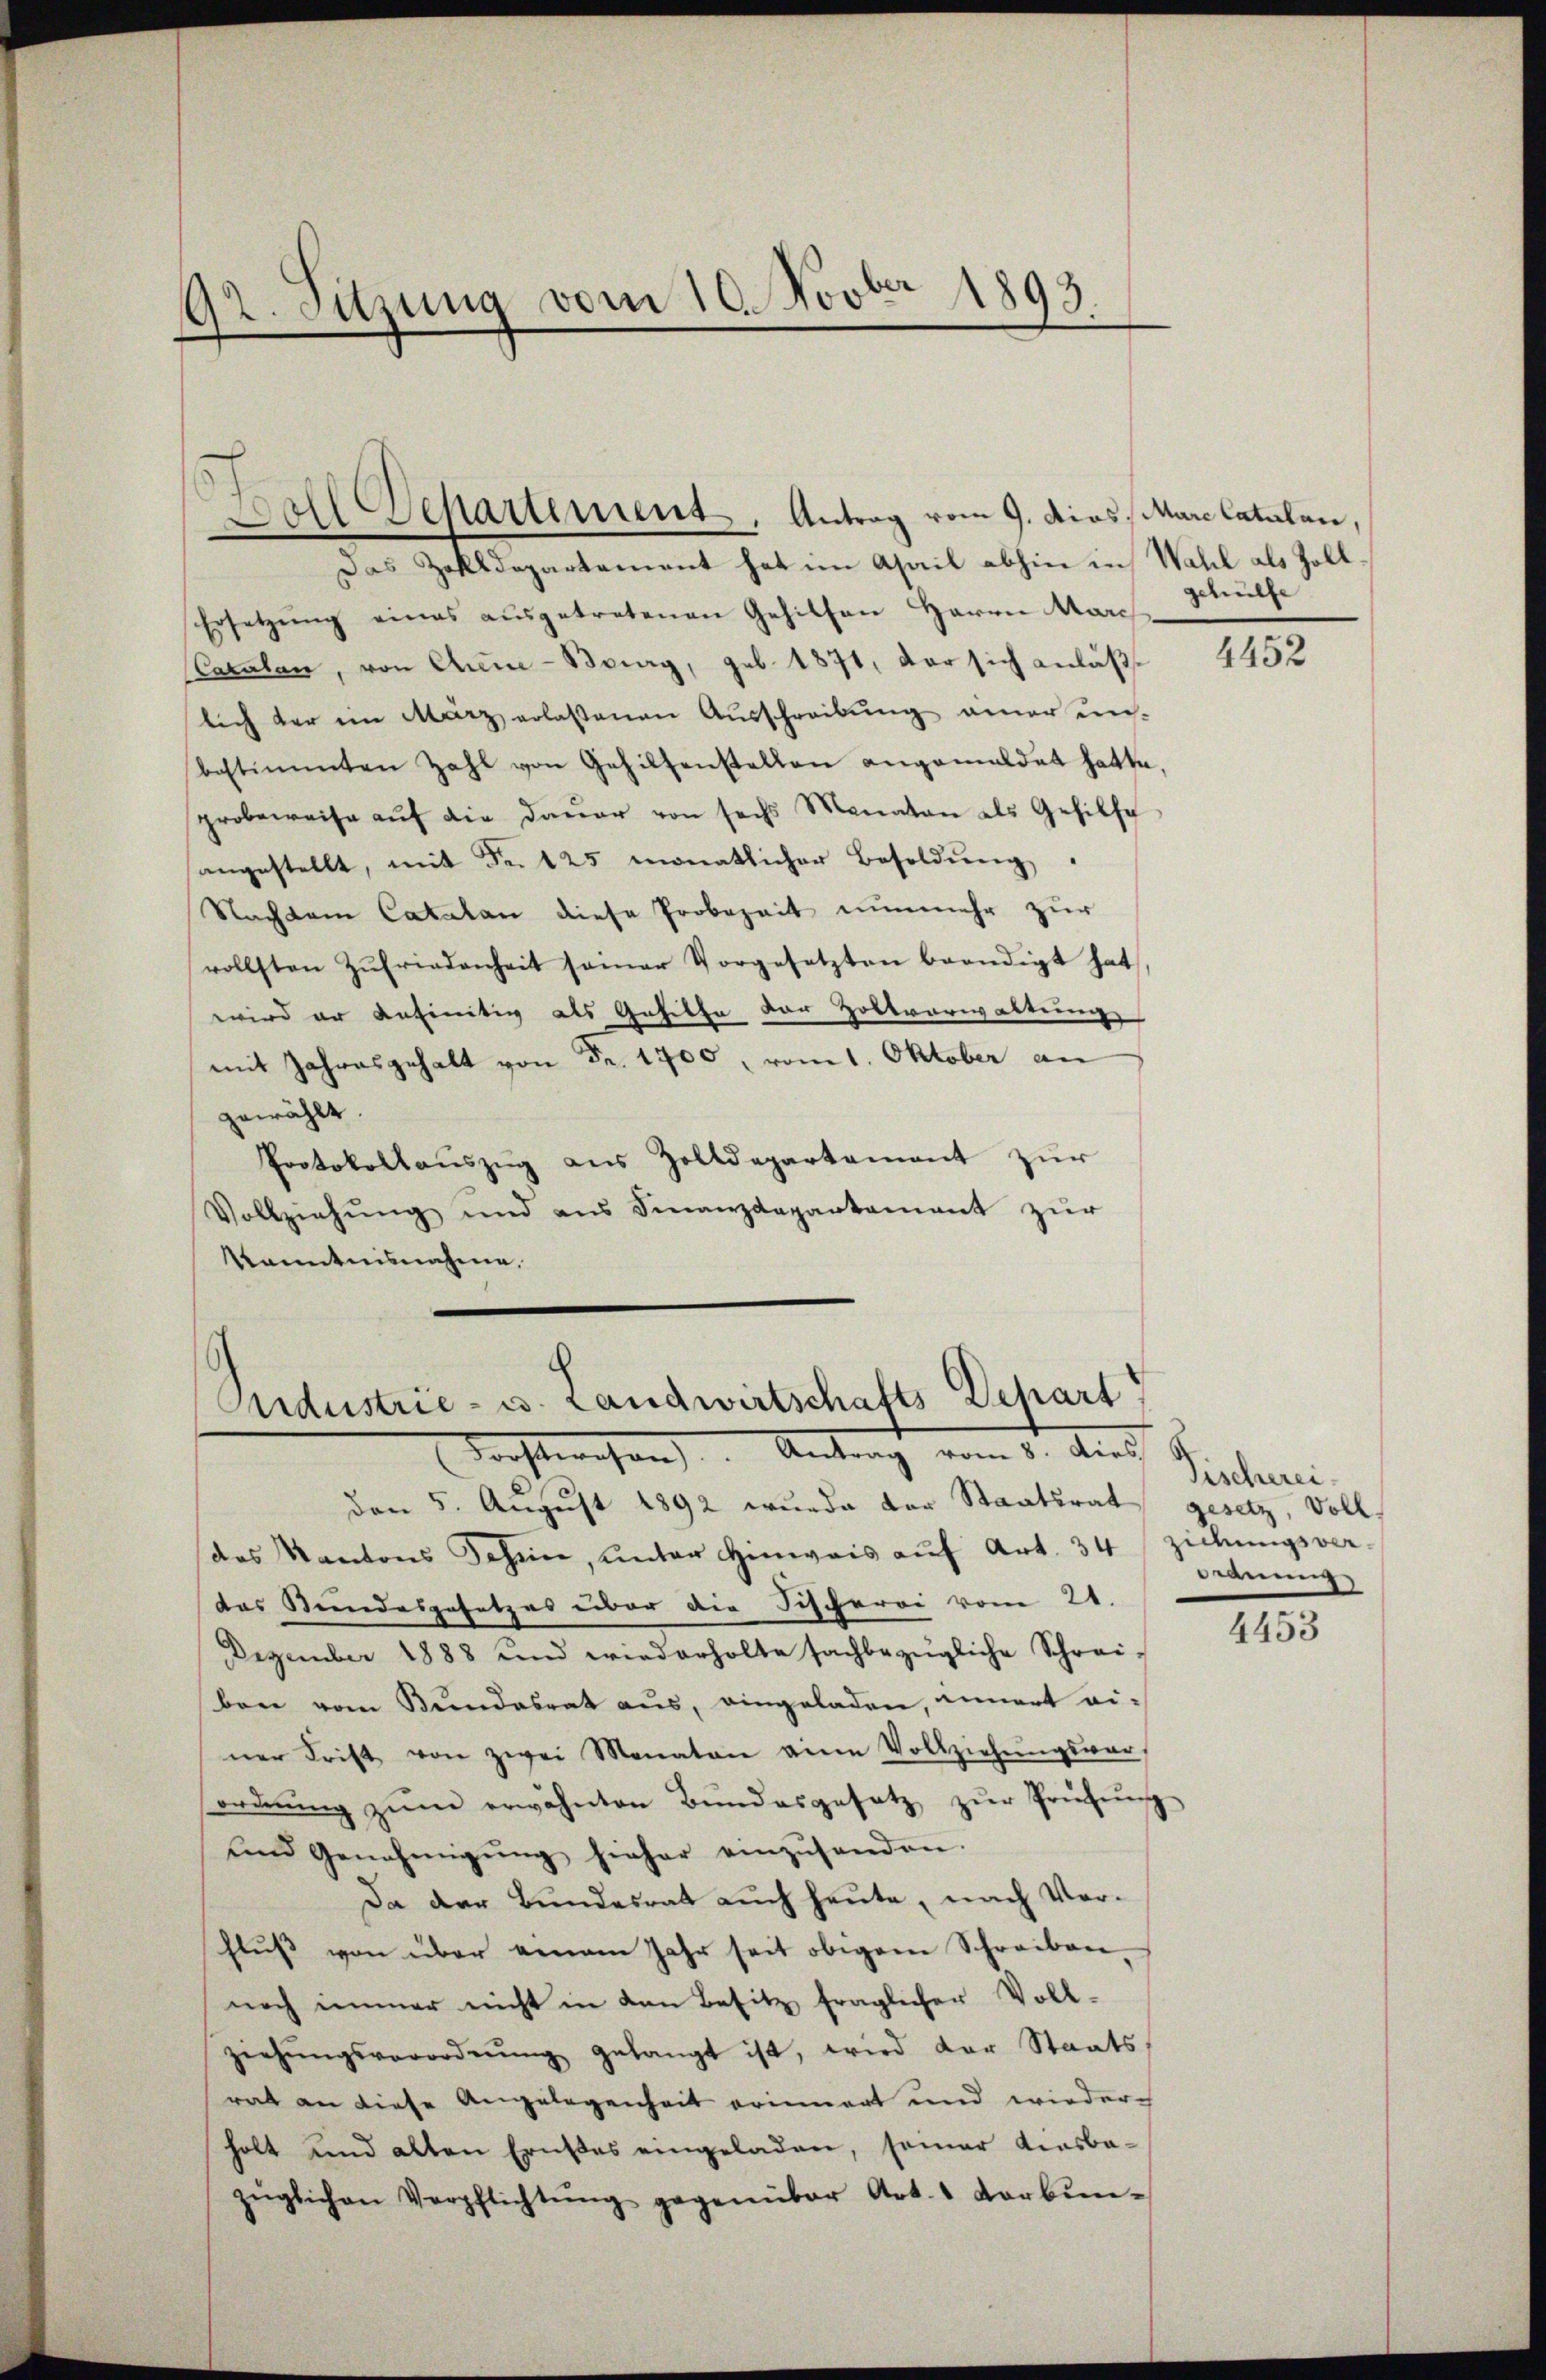
92. Suzung vom 10. Novber 1893.

Das Zolldepartement hat im Asail abhin in Wahl als Zoll
Ersetzŭng eines aŭsgetretenen Gehilten Herrn Marc
(Cacalan, von Chem-Bourg, geb. 1871, der sich anläßlich der im März erlassenen Ausschreibung aner unbestimmten Zahl von Gehilfenstellen angemeldet hatte.
probeweise aŭf die Daŭer von sechs Monaten als Gehilfe
angestellt, mit Fr. 125 monatlicher Besoldŭng
Nachdem Catalan diese Probezeit nunmehr zur
vollsten Zŭfriedenheit seiner Vorgesetzten beendigt hat
wird er anfinitiv als Gehilfe der Holtverwaltung
mit Jahresgehalt von Fr. 1700, vom 1. Oktober an
gewählt
Protokollaŭszŭg aŭs Zolldepartement zŭr
Vollziehŭng und ans Finanzdepartement zŭr
Kenntnisnahme.

Boll Separtement, Antrag vom 9. dies Mare Catalen,

Aidustrie- u. Landwirtschafts Depart
Nachtwesen. Antrag vom 15. dies

den 5. August 1892 wurde der Staatsrat gesetz, Voll-
das Kantons Schein, unter Hinweis auf Art. 34
das Stundesgesetzes über die Fischerei vom 21.
Dezember 1888 und wiederholte sachbezügliche Schrei-
ben vom Bundesrat aus, eingeladen, innert ei-
ner Frist von zwei Monaten eine Vollziehŭngsver-
ordnŭng zŭm erwähnten Bŭndesgesetz zŭr Prüfŭng-
und Genehmigŭng hieher einzŭsenden.
Da der Bundesrat auch heute, nach Verfluß von über einem Jahr seit obigem Schreiben,
noch immer nicht in den Besitz fraglicher Voll-
ziehŭngsverordnŭng gelangt ist, wird der Staats
rat an diese Angelegenheit erinnert und wieder-
holt und alten Ernstes eingeladen, semar Aisbazüglichen Verpflichtŭng gegenüber Art. 1 Vorbŭn-

gehülfe

4452

Fischerei.
iduigs ver¬
Ordnung

4453